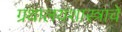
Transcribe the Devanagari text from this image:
ग्रंथालयशास्त्राचे